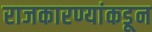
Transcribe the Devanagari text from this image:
राजकारण्यांकडून